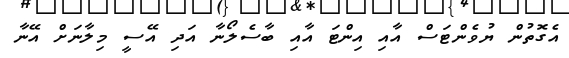
އެގޮތުން ޔުވެންޓަސް އާއި އިންޓަ އާއި ބާސެލޯނާ އަދި އޭސީ މިލާނަށް އޭނާ